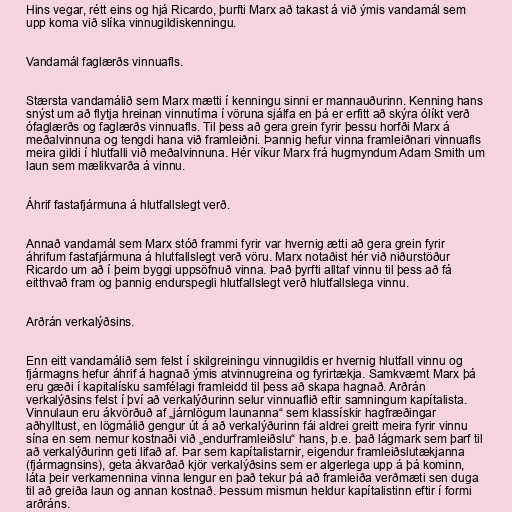
Hins vegar, rétt eins og hjá Ricardo, þurfti Marx að takast á við ýmis vandamál sem
upp koma við slíka vinnugildiskenningu.

Vandamál faglærðs vinnuafls.

Stærsta vandamálið sem Marx mætti í kenningu sinni er mannauðurinn. Kenning hans
snýst um að flytja hreinan vinnutíma í vöruna sjálfa en þá er erfitt að skýra ólíkt verð
ófaglærðs og faglærðs vinnuafls. Til þess að gera grein fyrir þessu horfði Marx á
meðalvinnuna og tengdi hana við framleiðni. Þannig hefur vinna framleiðnari vinnuafls
meira gildi í hlutfalli við meðalvinnuna. Hér víkur Marx frá hugmyndum Adam Smith um
laun sem mælikvarða á vinnu.

Áhrif fastafjármuna á hlutfallslegt verð.

Annað vandamál sem Marx stóð frammi fyrir var hvernig ætti að gera grein fyrir
áhrifum fastafjármuna á hlutfallslegt verð vöru. Marx notaðist hér við niðurstöður
Ricardo um að í þeim byggi uppsöfnuð vinna. Það þyrfti alltaf vinnu til þess að fá
eitthvað fram og þannig endurspegli hlutfallslegt verð hlutfallslega vinnu.

Arðrán verkalýðsins.

Enn eitt vandamálið sem felst í skilgreiningu vinnugildis er hvernig hlutfall vinnu og
fjármagns hefur áhrif á hagnað ýmis atvinnugreina og fyrirtækja. Samkvæmt Marx þá
eru gæði í kapitalísku samfélagi framleidd til þess að skapa hagnað. Arðrán
verkalýðsins felst í því að verkalýðurinn selur vinnuaflið eftir samningum kapítalista.
Vinnulaun eru ákvörðuð af „járnlögum launanna“ sem klassískir hagfræðingar
aðhylltust, en lögmálið gengur út á að verkalýðurinn fái aldrei greitt meira fyrir vinnu
sína en sem nemur kostnaði við „endurframleiðslu“ hans, þ.e. það lágmark sem þarf til
að verkalýðurinn geti lifað af. Þar sem kapítalistarnir, eigendur framleiðslutækjanna
(fjármagnsins), geta ákvarðað kjör verkalýðsins sem er algerlega upp á þá kominn,
láta þeir verkamennina vinna lengur en það tekur þá að framleiða verðmæti sen duga
til að greiða laun og annan kostnað. Þessum mismun heldur kapítalistinn eftir í formi
arðráns.